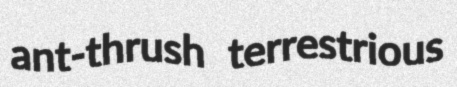
ant-thrush terrestrious